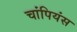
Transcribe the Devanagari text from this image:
चांपियंस